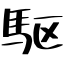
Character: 駆